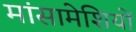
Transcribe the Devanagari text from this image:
मांसामेशियों